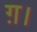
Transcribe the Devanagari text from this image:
ग़।